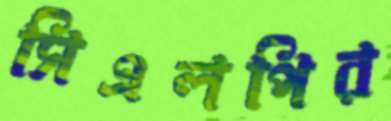
সিএলপির